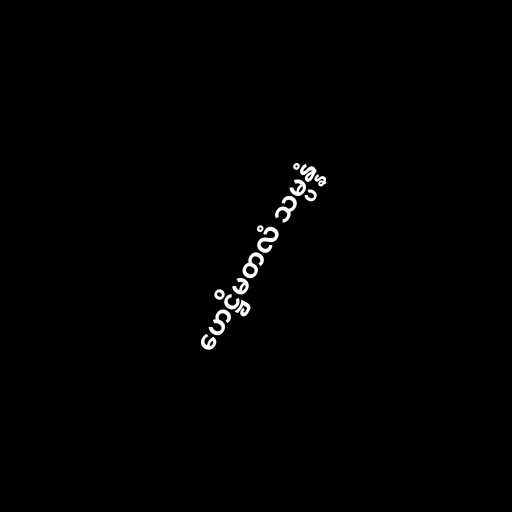
ဟေဋ္ဌိမတလံ သမ္ပန္နံ